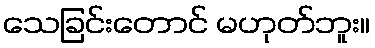
သေခြင်းတောင် မဟုတ်ဘူး။